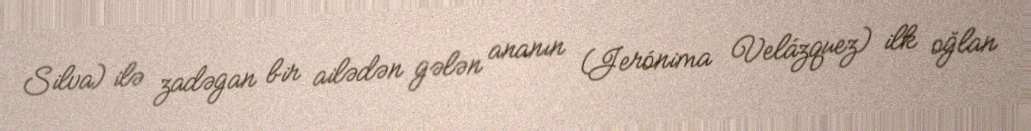
Silva) ilə zadəgan bir ailədən gələn ananın (Jerónima Velázquez) ilk oğlan